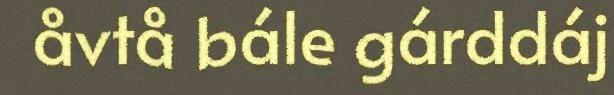
åvtå bále gárddáj